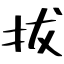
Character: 拔